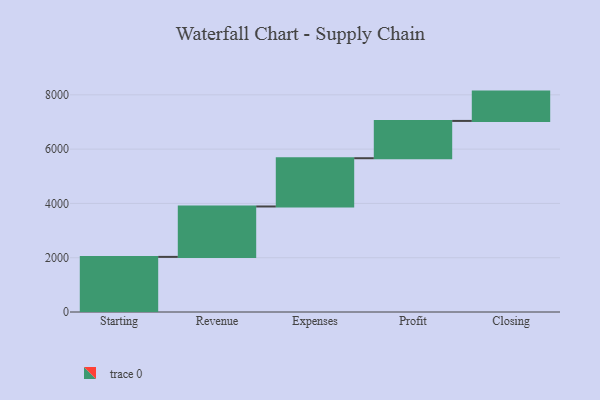
{"axis": {"x": "Step", "y": "Value"}, "legend": [""], "data": [{"x": "Starting", "y": 2030.0, "type": ""}, {"x": "Revenue", "y": 1857.0, "type": ""}, {"x": "Expenses", "y": 1778.0, "type": ""}, {"x": "Profit", "y": 1374.0, "type": ""}, {"x": "Closing", "y": 1080.0, "type": ""}]}